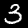
Label: 3